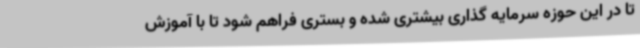
تا در این حوزه سرمایه گذاری بیشتری شده و بستری فراهم شود تا با آموزش